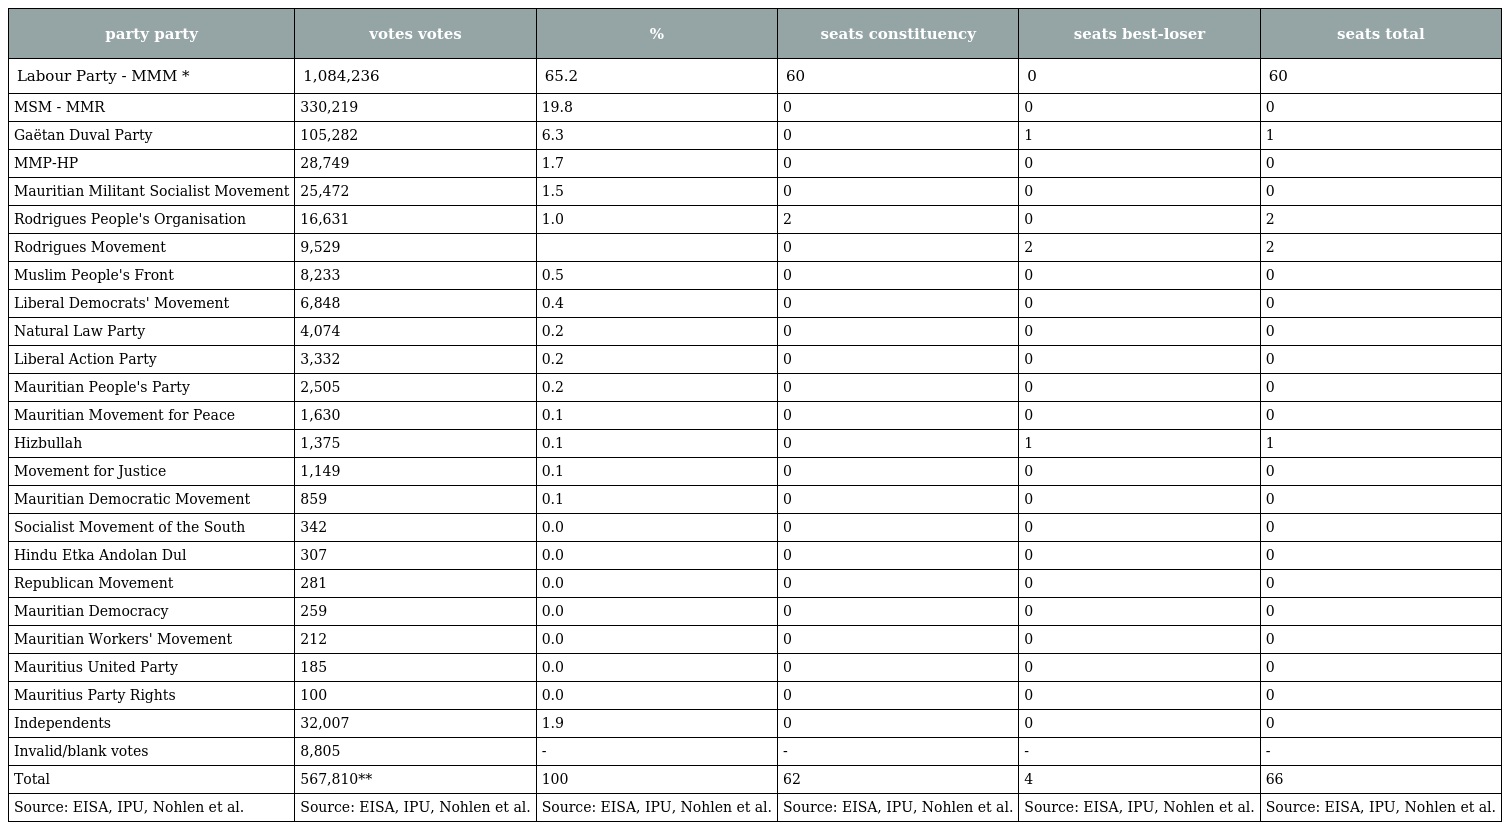
| party party | votes votes | % | seats constituency | seats best-loser | seats total |
 | --- | --- | --- | --- | --- | --- |
 | Labour Party - MMM * | 1,084,236 | 65.2 | 60 | 0 | 60 |
 | MSM - MMR | 330,219 | 19.8 | 0 | 0 | 0 |
 | Gaëtan Duval Party | 105,282 | 6.3 | 0 | 1 | 1 |
 | MMP-HP | 28,749 | 1.7 | 0 | 0 | 0 |
 | Mauritian Militant Socialist Movement | 25,472 | 1.5 | 0 | 0 | 0 |
 | Rodrigues People's Organisation | 16,631 | 1.0 | 2 | 0 | 2 |
 | Rodrigues Movement | 9,529 |  | 0 | 2 | 2 |
 | Muslim People's Front | 8,233 | 0.5 | 0 | 0 | 0 |
 | Liberal Democrats' Movement | 6,848 | 0.4 | 0 | 0 | 0 |
 | Natural Law Party | 4,074 | 0.2 | 0 | 0 | 0 |
 | Liberal Action Party | 3,332 | 0.2 | 0 | 0 | 0 |
 | Mauritian People's Party | 2,505 | 0.2 | 0 | 0 | 0 |
 | Mauritian Movement for Peace | 1,630 | 0.1 | 0 | 0 | 0 |
 | Hizbullah | 1,375 | 0.1 | 0 | 1 | 1 |
 | Movement for Justice | 1,149 | 0.1 | 0 | 0 | 0 |
 | Mauritian Democratic Movement | 859 | 0.1 | 0 | 0 | 0 |
 | Socialist Movement of the South | 342 | 0.0 | 0 | 0 | 0 |
 | Hindu Etka Andolan Dul | 307 | 0.0 | 0 | 0 | 0 |
 | Republican Movement | 281 | 0.0 | 0 | 0 | 0 |
 | Mauritian Democracy | 259 | 0.0 | 0 | 0 | 0 |
 | Mauritian Workers' Movement | 212 | 0.0 | 0 | 0 | 0 |
 | Mauritius United Party | 185 | 0.0 | 0 | 0 | 0 |
 | Mauritius Party Rights | 100 | 0.0 | 0 | 0 | 0 |
 | Independents | 32,007 | 1.9 | 0 | 0 | 0 |
 | Invalid/blank votes | 8,805 | - | - | - | - |
 | Total | 567,810** | 100 | 62 | 4 | 66 |
 | Source: EISA, IPU, Nohlen et al. | Source: EISA, IPU, Nohlen et al. | Source: EISA, IPU, Nohlen et al. | Source: EISA, IPU, Nohlen et al. | Source: EISA, IPU, Nohlen et al. | Source: EISA, IPU, Nohlen et al. |